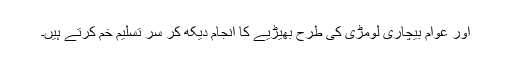
اور عوام بیچاری لومڑی کی طرح بھیڑیے کا انجام دیکھ کر سر تسلیم خم کرتے ہیں۔